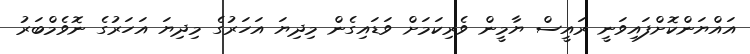
އައްޔަންކޮށްފައިވަނީ ރައީސް ޔާމީން ވެރިކަމަށް ވަޑައިގެން މިދިޔަ އަހަރުގެ މިދިޔަ އަހަރުގެ ނޮވެމްބަރު